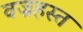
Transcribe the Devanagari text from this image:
वज्रहस्त